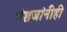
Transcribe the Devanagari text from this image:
वंशजांनीही